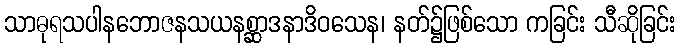
သာဓုရသပါနဘောဇနသယနစ္ဆာဒနာဒိဝသေန၊ နတ်၌ဖြစ်သော ကခြင်း သီဆိုခြင်း